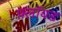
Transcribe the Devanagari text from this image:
फ़्लॉयड